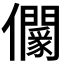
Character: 𠑡